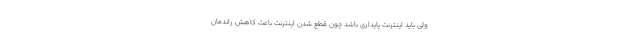
ولی باید اینترنت پایداری باشد چون قطع شدن اینترنت باعث کاهش راندمان